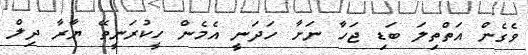
ވެގެން އަތްތިލަ ބަޑި ޖަހާ ނަށާ ހަދަނީ އެމެން ހީކުރަނީތޭ ޔާރާ ދިލް